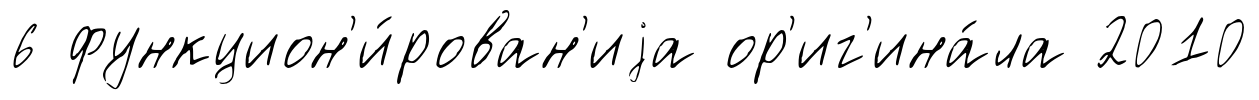
6 функцион'и́рован'иjа ор'иг'ина́ла 2010